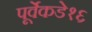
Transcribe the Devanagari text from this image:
पूर्वेकडे१६